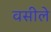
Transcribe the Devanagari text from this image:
वसीले